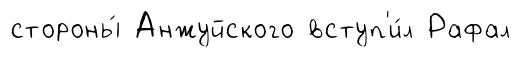
стороны́ Анжуйского вступ'и́л Рафал